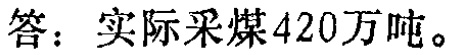
答：实际采煤420万吨。